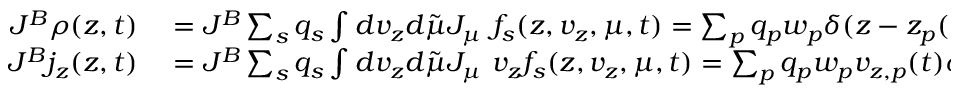
\begin{array} { r l } { J ^ { B } \rho ( z , t ) } & { { } = J ^ { B } \sum _ { s } q _ { s } \int d v _ { z } d \tilde { \mu } J _ { \mu } ~ f _ { s } ( z , v _ { z } , \mu , t ) = \sum _ { p } q _ { p } w _ { p } \delta ( z - z _ { p } ( t ) ) , } \\ { J ^ { B } j _ { z } ( z , t ) } & { { } = J ^ { B } \sum _ { s } q _ { s } \int d v _ { z } d \tilde { \mu } J _ { \mu } ~ v _ { z } f _ { s } ( z , v _ { z } , \mu , t ) = \sum _ { p } q _ { p } w _ { p } v _ { z , p } ( t ) \delta ( z - z _ { p } ( t ) ) . } \end{array}